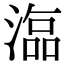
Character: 𣻙